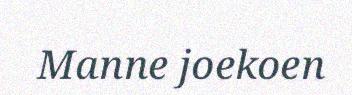
Manne joekoen